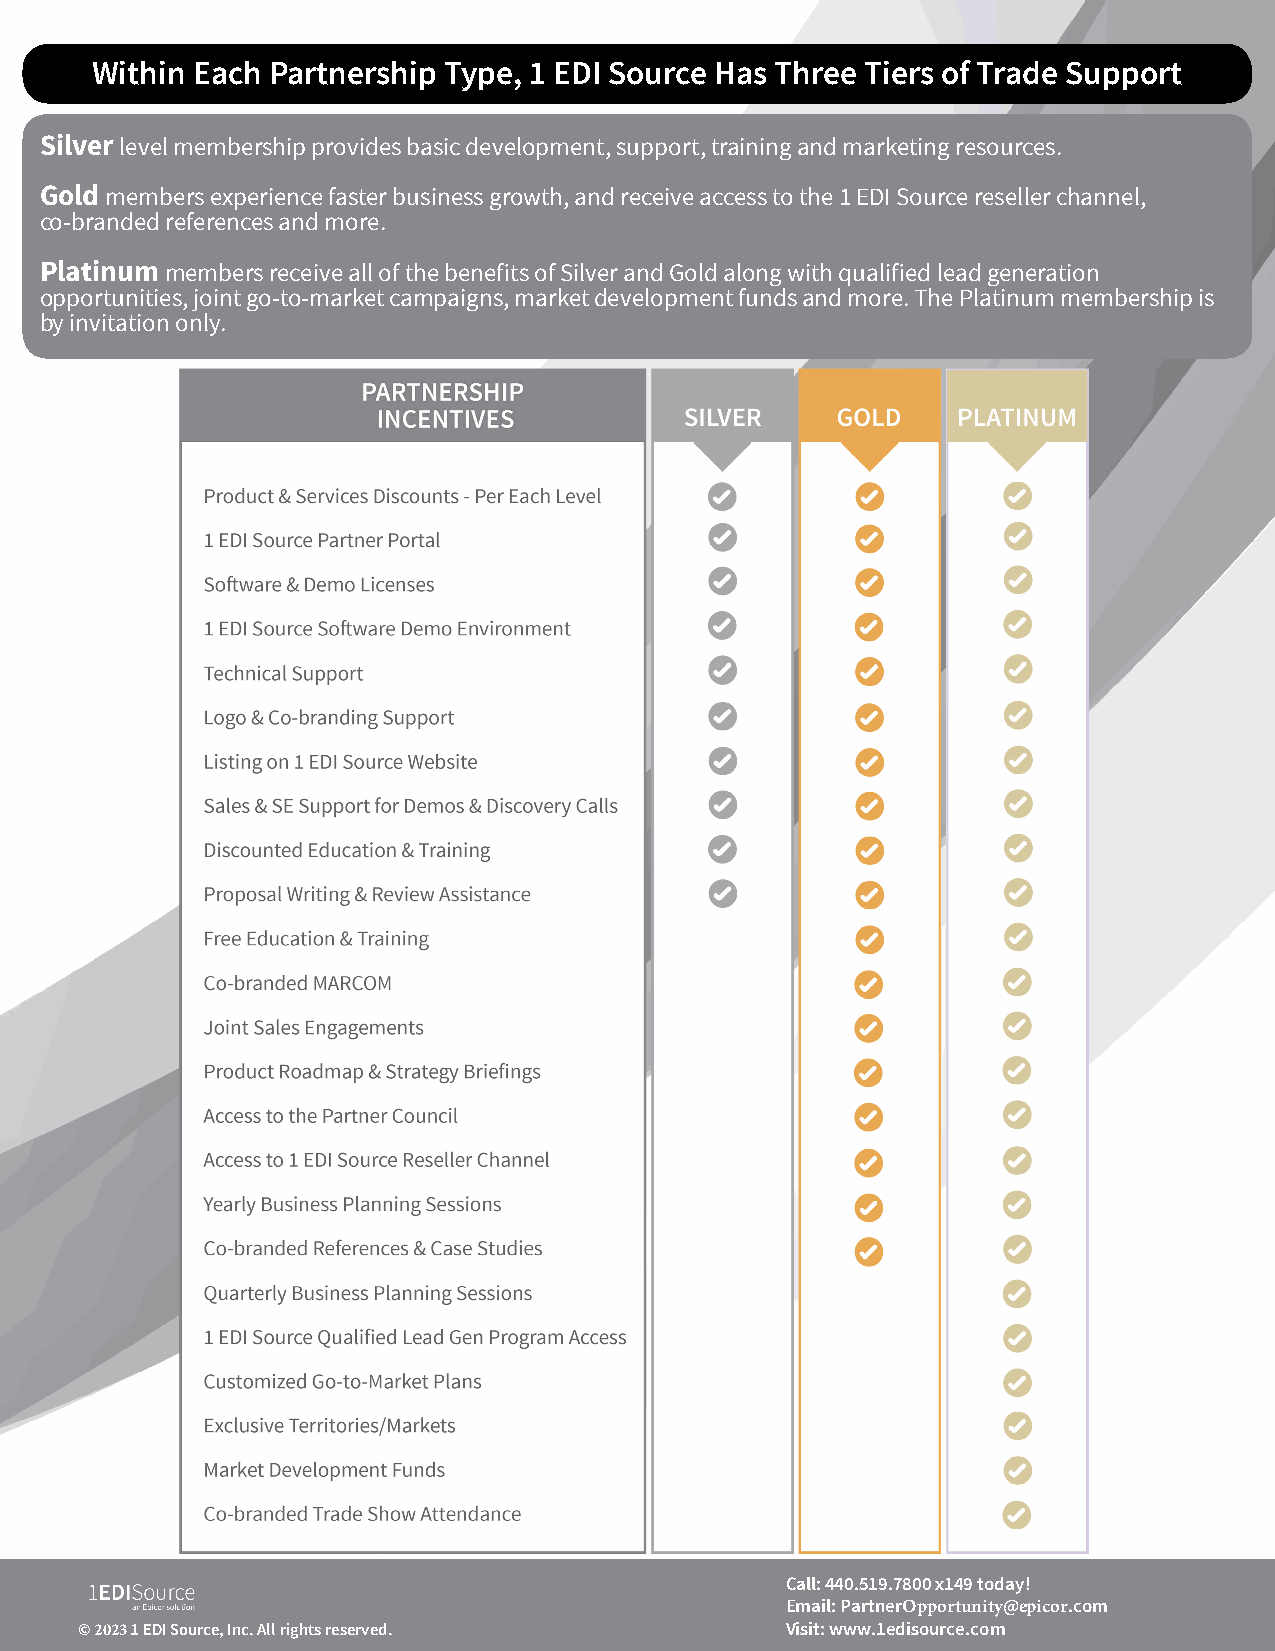
Within Each Partnership Type, 1 EDI Source Has Three Tiers of Trade Support
 Silver level membership provides basic development, support, training and marketing resources.
 Gold members experience faster business growth, and receive access to the 1 EDI Source reseller channel,
 co-branded references and more.
 Platinum members receive all of the benefits of Silver and Gold along with qualified lead generation
 opportunities, joint go-to-market campaigns, market development funds and more. The Platinum membership is
 by invitation only.
 Call: 440.519.7800 x149 today!
 Email: PartnerOpportunity@epicor.com
 © 2023 1 EDI Source, Inc. All rights reserved. Visit: www.1edisource.com